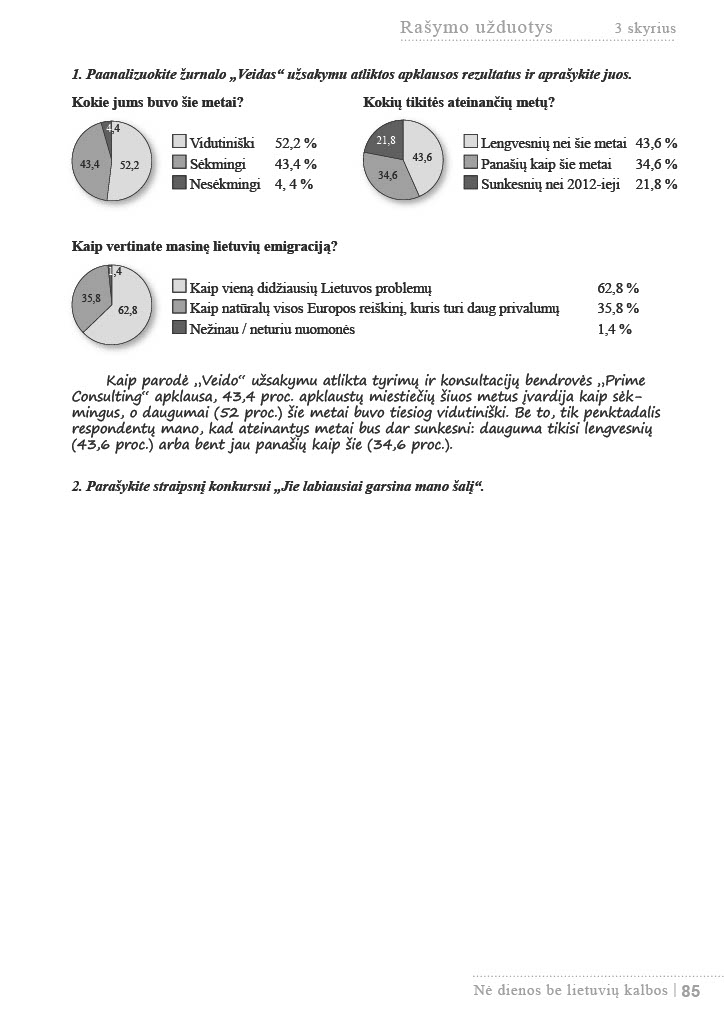
Language: lt